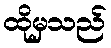
ထိုမှသည်